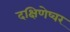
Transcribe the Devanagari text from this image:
दक्षिणेष्वर